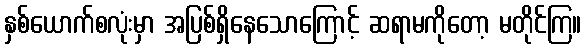
နှစ်ယောက်စလုံးမှာ အပြစ်ရှိနေသောကြောင့် ဆရာမကိုတော့ မတိုင်ကြ။